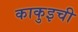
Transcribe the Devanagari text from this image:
काकुइची